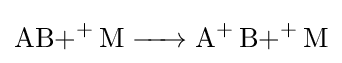
{\ce {{AB+}+ M -> {A}+ {B+}+ M}}